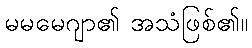
မမမေဂျာ၏ အသံဖြစ်၏။